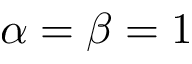
\alpha = \beta = 1